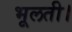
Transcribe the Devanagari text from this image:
भूलती।